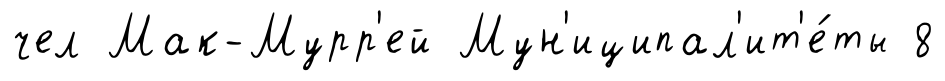
чел Мак-Мурр'ей Мун'иципал'ит'е́ты 8